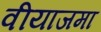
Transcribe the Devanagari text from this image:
वीयाजमा